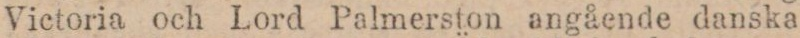
Victoria och Lord Palmerston angående danska